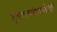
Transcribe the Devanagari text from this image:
वृषणकोशाभोवती